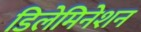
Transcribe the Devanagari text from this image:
डिलेमिनेशन